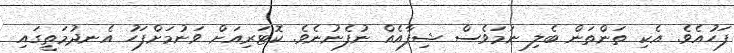
ފަހުއެވެ. އެކި ތަންތަން ބެލި ނަމަވެސް ޝިފާއެއް ނުފެނުނެވެ. ކޮޓަރިއަށް ވަނުމަށްފަހު އެނދުމަތީގައި